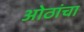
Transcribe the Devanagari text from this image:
ओठांचा